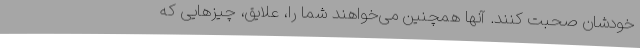
خودشان صحبت کنند. آنها همچنین می‌خواهند شما را، علایق، چیزهایی که